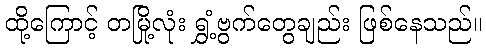
ထို့ကြောင့် တမြို့လုံး ရွှံ့ဗွက်တွေချည်း ဖြစ်နေသည်။